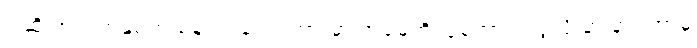
ဒါဆို အသက်နှစ်ဆယ်နဲ့ ငါးဆယ်ကြားမှာ အမေ့ကို ပြုစုတာကလွဲလို့ တခြား ဘာမှ